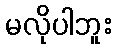
မလိုပါဘူး